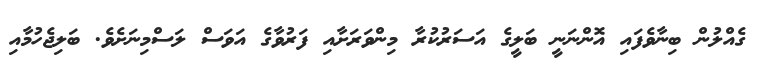
ގެއްލުން ބިނާވެފައި އޮންނަނީ ބަލީގެ އަސަރުކުރާ މިންވަރަށާއި ފަރުވާގެ އަވަސް ލަސްމިނަށެވެ. ބަލިޖެހުމާއި